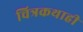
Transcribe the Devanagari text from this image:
चित्रकथाही